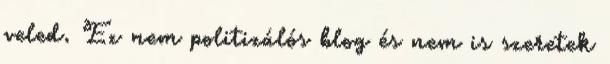
veled. Ez nem politizálós blog és nem is szeretek